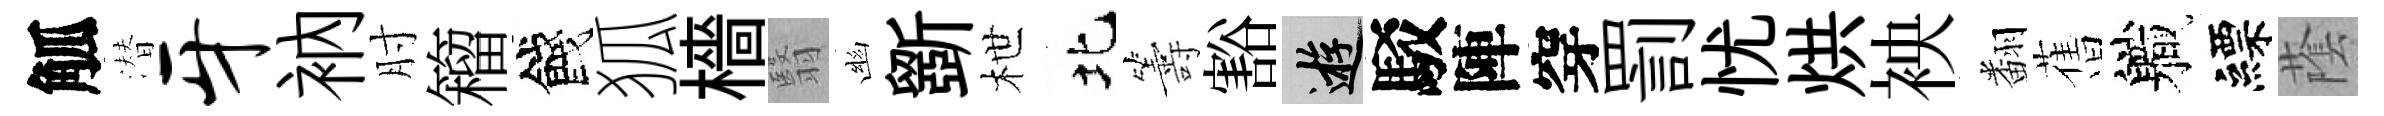
觚潜牙衲肘籕餞狐檣翳幽斵枻北籌豁游駁陣穿罰忧烘䘧翻𦾔軄縹䕃